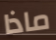
ماذا